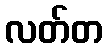
လတ်တ